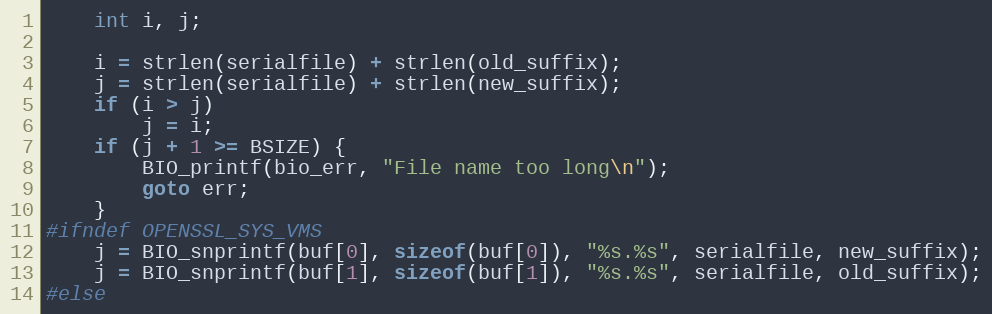
Language: C
    int i, j;

    i = strlen(serialfile) + strlen(old_suffix);
    j = strlen(serialfile) + strlen(new_suffix);
    if (i > j)
        j = i;
    if (j + 1 >= BSIZE) {
        BIO_printf(bio_err, "File name too long\n");
        goto err;
    }
#ifndef OPENSSL_SYS_VMS
    j = BIO_snprintf(buf[0], sizeof(buf[0]), "%s.%s", serialfile, new_suffix);
    j = BIO_snprintf(buf[1], sizeof(buf[1]), "%s.%s", serialfile, old_suffix);
#else